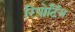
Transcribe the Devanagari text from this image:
रिपोटि॔ंग